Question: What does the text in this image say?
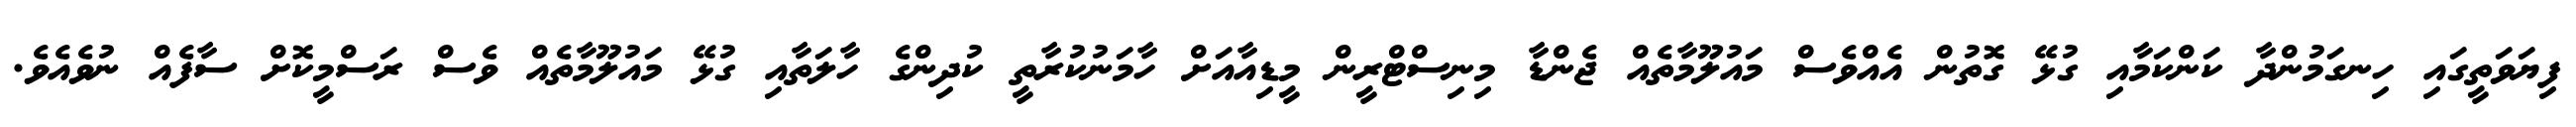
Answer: ފިޔަވަތީގައި ހިނގަމުންދާ ކަންކަމާއި ގުޅޭ ގޮތުން އެއްވެސް މައުލޫމާތެއް ޖެންޑާ މިނިސްޓްރީން މީޑިއާއަށް ހާމަނުކުރާތީ ކުދިންގެ ހާލަތާއި ގުޅޭ މައުލޫމާތެއް ވެސް ރަސްމީކޮށް ސާފެއް ނުވެއެވެ.